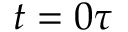
t = 0 \tau